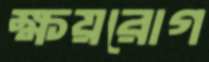
ক্ষয়রোগ